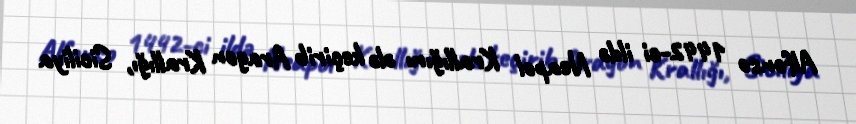
Alfonso 1442-ci ildə Neapol Krallığını ələ keçirib Aragon Krallığı, Siciliya